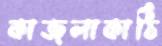
কাজলাকাঠি